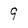
Character: 9